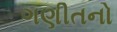
ગણીતનો